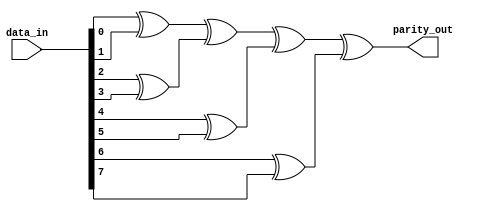
//-----------------------------------------------------
// Design Name : parity_using_assign
// Function    : Parity using assign
// Coder       : Deepak Kumar Tala
//-----------------------------------------------------
module parity_using_assign (
data_in    , //  8 bit data in
parity_out   //  1 bit parity out
);
output  parity_out ;
input [7:0] data_in ; 
     
wire parity_out ;
      
assign parity_out =  (data_in[0] ^ data_in[1]) ^  
                     (data_in[2] ^ data_in[3]) ^ 
                     (data_in[4] ^ data_in[5]) ^  
                     (data_in[6] ^ data_in[7]);

endmodule